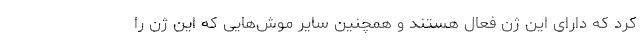
کرد که دارای این ژن فعال هستند و همچنین سایر موش‌هایی که این ژن را